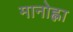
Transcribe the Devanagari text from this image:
मानोह्ला